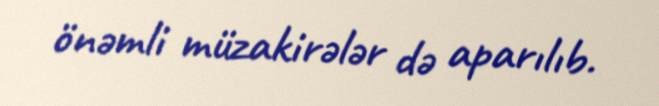
önəmli müzakirələr də aparılıb.